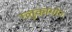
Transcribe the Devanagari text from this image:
ग्लुकागोन